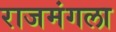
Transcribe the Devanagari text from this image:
राजमंगला